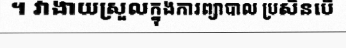
។ វាងាយស្រួលក្នុងការព្យាបាល ប្រសិនបើ